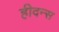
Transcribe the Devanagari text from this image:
हीदन्स